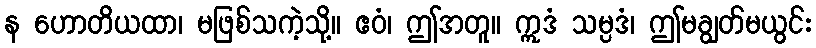
န ဟောတိယထာ၊ မဖြစ်သကဲ့သို့။ ဧဝံ၊ ဤအတူ။ ဣဒံ သမ္ပဒံ၊ ဤမချွတ်မယွင်း